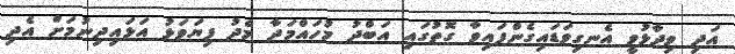
އަދި ވިދާޅުވީ އެނގިވަޑައިގެންފައިވާ ގޮތުގައި އަބްދު މުހައްމަދާ މެދު ފިޔަވަޅު އަޅައިދިނުމަށް އެދި